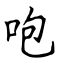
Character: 咆